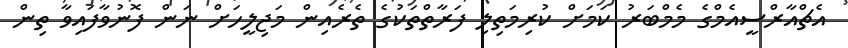
އެޗްއާރްސީއެމްގެ މެމްބަރު ކަމަށް ކުރިމަތިލި ފަރާތްތަކުގެ ތެރެއިން މަޖިލީހަށް ނަން ފޮނުވާފައިވާ ތިން